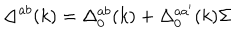
LaTeX: \Delta ^ { a b } ( k ) = \Delta _ { 0 } ^ { a b } ( k ) + \Delta _ { 0 } ^ { a a ^ { \prime } } ( k ) { \Sigma }